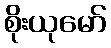
စိုးယုမော်